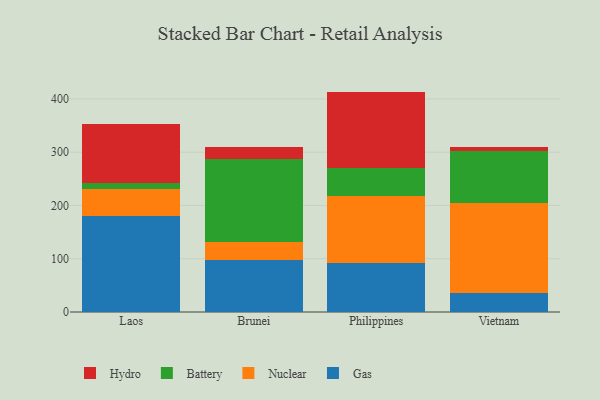
{"axis": {"x": "Country", "y": "Market Share (%)"}, "legend": ["Battery", "Gas", "Hydro", "Nuclear"], "data": [{"x": "Laos", "y": 179.7, "type": "Gas"}, {"x": "Laos", "y": 50.5, "type": "Nuclear"}, {"x": "Laos", "y": 11.5, "type": "Battery"}, {"x": "Laos", "y": 110.3, "type": "Hydro"}, {"x": "Brunei", "y": 97.0, "type": "Gas"}, {"x": "Brunei", "y": 35.2, "type": "Nuclear"}, {"x": "Brunei", "y": 154.2, "type": "Battery"}, {"x": "Brunei", "y": 22.6, "type": "Hydro"}, {"x": "Philippines", "y": 91.5, "type": "Gas"}, {"x": "Philippines", "y": 125.7, "type": "Nuclear"}, {"x": "Philippines", "y": 53.4, "type": "Battery"}, {"x": "Philippines", "y": 143.1, "type": "Hydro"}, {"x": "Vietnam", "y": 35.7, "type": "Gas"}, {"x": "Vietnam", "y": 168.4, "type": "Nuclear"}, {"x": "Vietnam", "y": 97.4, "type": "Battery"}, {"x": "Vietnam", "y": 9.0, "type": "Hydro"}]}